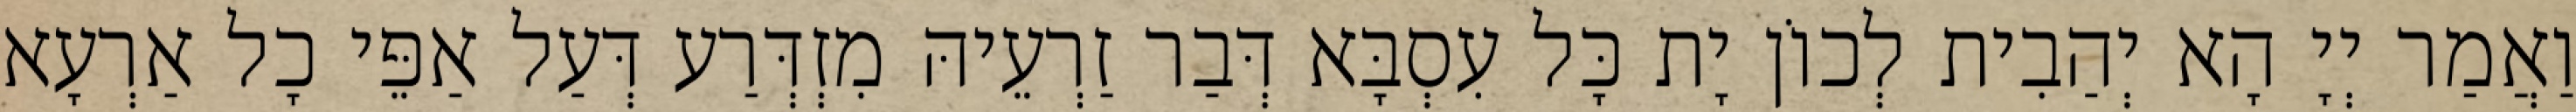
וַאֲמַר יְיָ הָא יְהַבִית לְכוֹן יָת כָּל עִסְבָּא דְּבַר זַרְעֵיהּ מִזְדְּרַע דְּעַל אַפֵּי כָל אַרְעָא